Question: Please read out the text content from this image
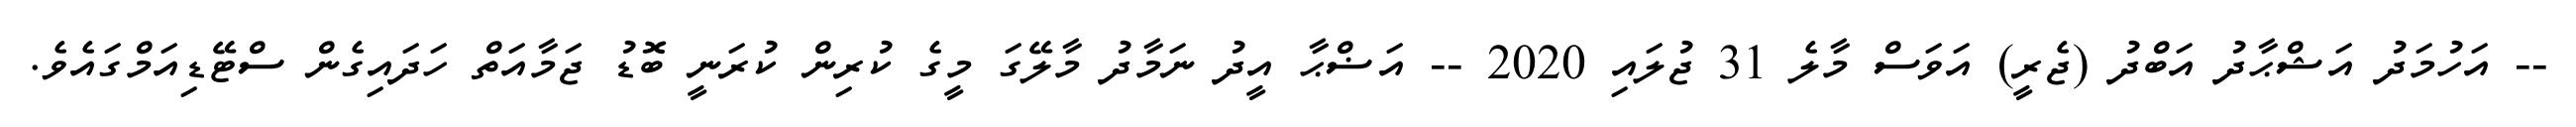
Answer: -- އަހުމަދު އަޝްޙާދު އަބްދު (ޖެރީ) އަވަސް މާލެ 31 ޖުލައި 2020 -- އަޟްޙާ އީދު ނަމާދު މާލޭގަ މީގެ ކުރިން ކުރަނީ ބޮޑު ޖަމާއަތް ހަދައިގެން ސްޓޭޑިއަމްގައެވެ.